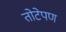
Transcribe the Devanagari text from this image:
तोटेपण